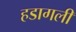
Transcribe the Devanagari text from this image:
हडागली